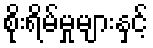
စိုးရိမ်မှုများနှင့်